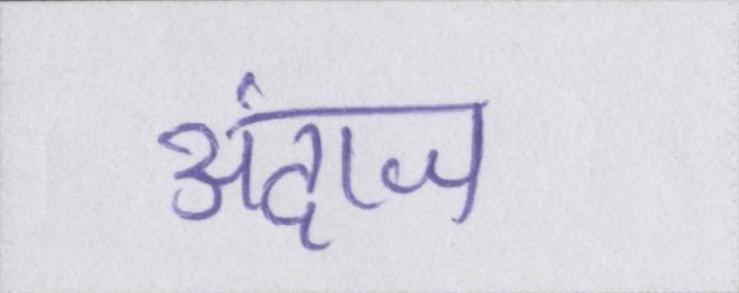
अंदाज